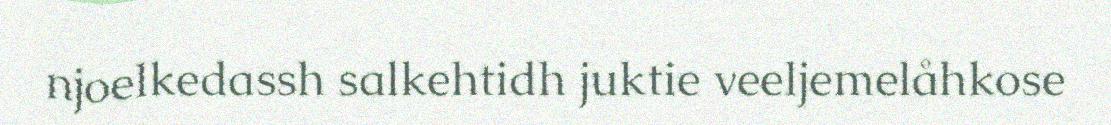
njoelkedassh salkehtidh juktie veeljemelåhkose